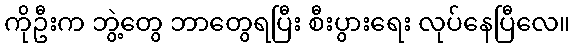
ကိုဦးက ဘွဲ့တွေ ဘာတွေရပြီး စီးပွားရေး လုပ်နေပြီလေ။